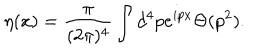
\eta ( x ) = { \frac { \pi } { ( 2 \pi ) ^ { 4 } } } \int d ^ { 4 } p e ^ { i p x } \Theta ( p ^ { 2 } ) . \nonumber